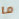
ما